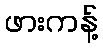
ဖားကန့်